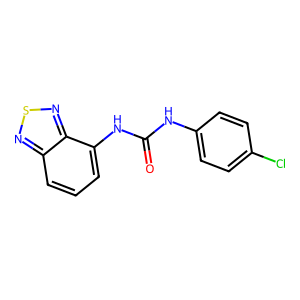
SMILES: O=C(Nc1ccc(Cl)cc1)Nc1cccc2nsnc12
Inhibits HIV replication: No